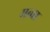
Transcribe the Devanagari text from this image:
मत्वा